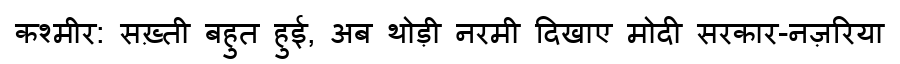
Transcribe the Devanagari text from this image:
कश्मीर: सख़्ती बहुत हुई, अब थोड़ी नरमी दिखाए मोदी सरकार-नज़रिया